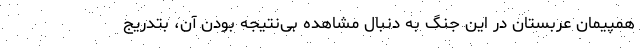
همپیمان عربستان در این جنگ به دنبال مشاهده بی‌نتیجه بودن آن، بتدریج